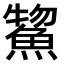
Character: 𫙦